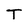
Character: T